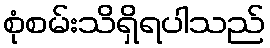
စုံစမ်းသိရှိရပါသည်